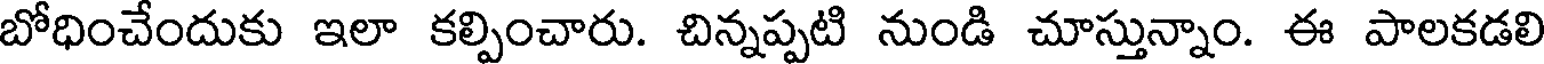
బోధించేందుకు ఇలా కల్పించారు. చిన్నప్పటి నుండి చూస్తున్నాం. ఈ పాలకడలి